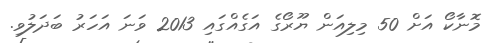
މޮނާކޯ އަށް 50 މިލިއަން ޔޫރޯގެ އަގެއްގައި 2013 ވަނަ އަހަރު ބަދަލުވި.